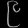
Digit: ၉